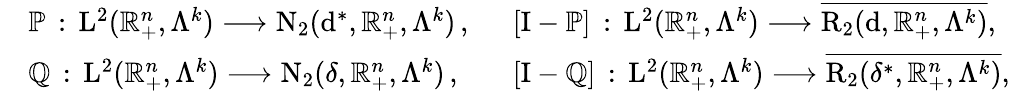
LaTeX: \begin{array}{r}{\begin{array}{cll}&{\mathbb{P}\, :\, \mathrm{L}^{2}(\mathbb{R}_{+}^{n},\Lambda^{k})\longrightarrow\mathrm{N}_{2}(\mathrm{d}^{\ast},\mathbb{R}_{+}^{n},\Lambda^{k})\, \mathrm{,~}\, }&{[\mathrm{I}-\mathbb{P}]\, :\, \mathrm{L}^{2}(\mathbb{R}_{+}^{n},\Lambda^{k})\longrightarrow\overline{{\mathrm{R}_{2}(\mathrm{d},\mathbb{R}_{+}^{n},\Lambda^{k})}}\mathrm{,~}}\\ &{\mathbb{Q}\, :\, \mathrm{L}^{2}(\mathbb{R}_{+}^{n},\Lambda^{k})\longrightarrow\mathrm{N}_{2}(\delta,\mathbb{R}_{+}^{n},\Lambda^{k})\, \mathrm{,~}\, }&{[\mathrm{I}-\mathbb{Q}]\, :\, \mathrm{L}^{2}(\mathbb{R}_{+}^{n},\Lambda^{k})\longrightarrow\overline{{\mathrm{R}_{2}(\delta^{\ast},\mathbb{R}_{+}^{n},\Lambda^{k})}}\mathrm{,~}}\end{array}}\end{array}